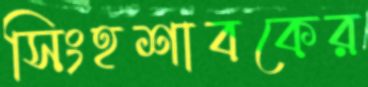
সিংহশাবকের